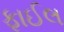
ફાઈલ